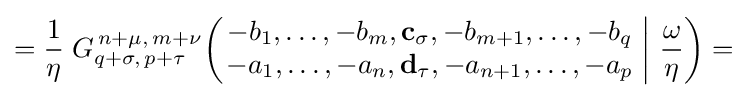
={\frac {1}{\eta }}\;G_{q+\sigma ,\,p+\tau }^{\,n+\mu ,\,m+\nu }\!\left(\left.{\begin{matrix}-b_{1},\dots ,-b_{m},\mathbf {c_{\sigma }} ,-b_{m+1},\dots ,-b_{q}\\-a_{1},\dots ,-a_{n},\mathbf {d_{\tau }} ,-a_{n+1},\dots ,-a_{p}\end{matrix}}\;\right|\,{\frac {\omega }{\eta }}\right)=